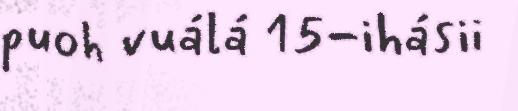
puoh vuálá 15-ihásii